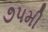
૭૫મી